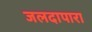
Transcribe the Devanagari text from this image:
जलदापारा